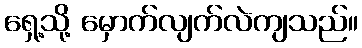
ရှေ့သို့ မှောက်လျက်လဲကျသည်။